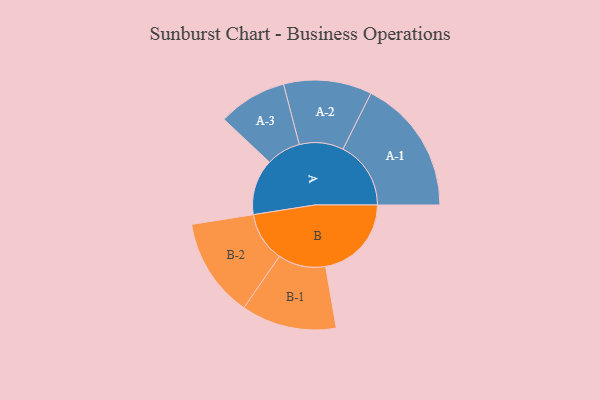
{"axis": {"x": "Segment", "y": "Value"}, "legend": ["", "A", "B"], "data": [{"x": "A", "y": 190, "type": ""}, {"x": "B", "y": 292, "type": ""}, {"x": "A-1", "y": 231, "type": "A"}, {"x": "A-2", "y": 150, "type": "A"}, {"x": "A-3", "y": 117, "type": "A"}, {"x": "B-1", "y": 162, "type": "B"}, {"x": "B-2", "y": 169, "type": "B"}]}